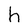
Character: h